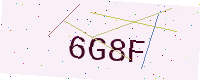
Text: 6G8F